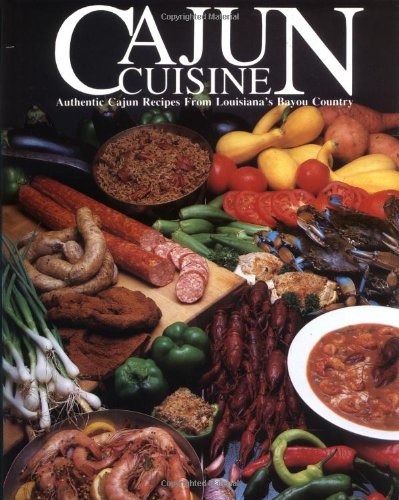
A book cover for Cajun Cuisine: Authentic Cajun Recipes from Louisiana's Bayou Country; W. Thomas Angers; Cookbooks, Food & Wine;